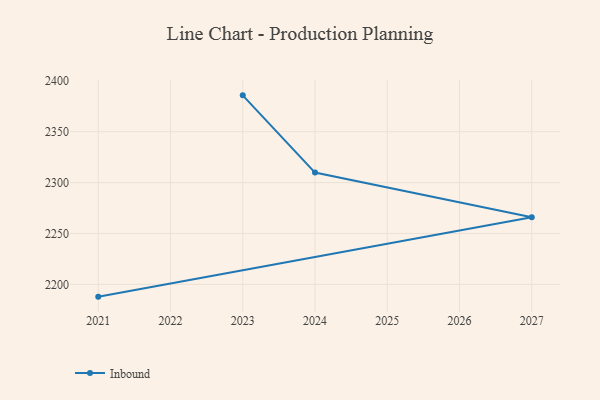
{"axis": {"x": "Year", "y": "Inventory Turnover"}, "legend": ["Inbound"], "data": [{"x": "2021", "y": 2187.9, "type": "Inbound"}, {"x": "2027", "y": 2265.9, "type": "Inbound"}, {"x": "2024", "y": 2309.8, "type": "Inbound"}, {"x": "2023", "y": 2385.7, "type": "Inbound"}]}